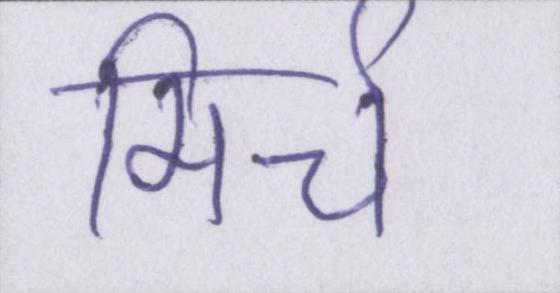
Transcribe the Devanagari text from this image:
मिर्च